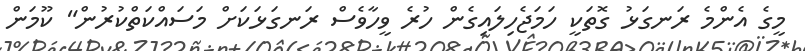
މީގެ އެންމެ ރަނގަޅު ގޮތަކީ ހަމަޖެހިލައިގެން ހުރެ ވީހާވެސް ރަނގަޅަކަށް މަސައްކަތްކުރުން" ކޫމަން